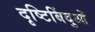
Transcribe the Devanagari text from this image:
दृष्टिबिंदुओं